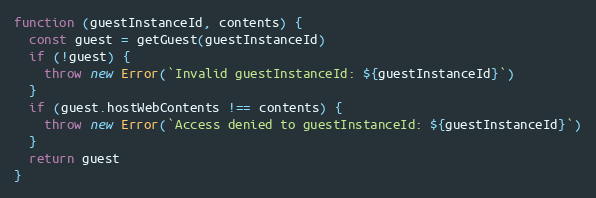
Language: JavaScript
function (guestInstanceId, contents) {
  const guest = getGuest(guestInstanceId)
  if (!guest) {
    throw new Error(`Invalid guestInstanceId: ${guestInstanceId}`)
  }
  if (guest.hostWebContents !== contents) {
    throw new Error(`Access denied to guestInstanceId: ${guestInstanceId}`)
  }
  return guest
}